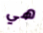
هي